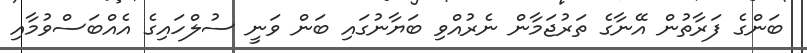
ބަންގެ ފަރާތުން އޭނާގެ ތަރުޖަމާން ނެރުއްވި ބަޔާނުގައި ބަން ވަނީ ސުލްހައިގެ އެއްބަސްވުމާއި